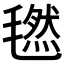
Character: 𣰂